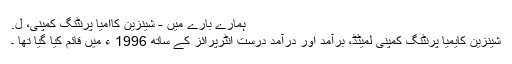
ہمارے بارے میں - شینزین کاامیا پرنٹنگ کمپنی، ل.
شینزین کایمیا پرنٹنگ کمپنی لمیٹڈ، برآمد اور درآمد درست انٹرپرائز کے ساتھ 1996 ء میں قائم کیا گیا تھا ۔